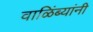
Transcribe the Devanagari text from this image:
वाळिंब्यांनी